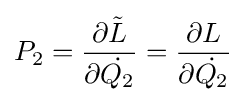
P_{2}={\frac {\partial {\tilde {L}}}{\partial {\dot {Q_{2}}}}}={\frac {\partial {L}}{\partial {\dot {Q_{2}}}}}